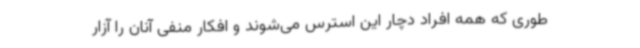
طوری که همه افراد دچار این استرس می‌شوند و افکار منفی آنان را آزار